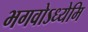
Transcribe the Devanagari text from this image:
भगवोऽध्येमि